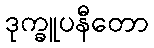
ဒုက္ခူပနီတော